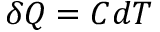
\delta Q = C d T